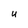
Character: U